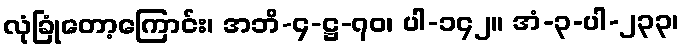
လုံခြုံတော့ကြောင်း၊ အဘိ-၄-ဋ္ဌ-၇၀၊ ပါ-၁၄၂။ အံ-၃-ပါ-၂၃၃၊